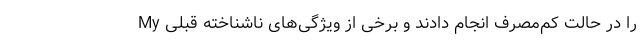
My را در حالت کم‌مصرف انجام دادند و برخی از ویژگی‌های ناشناخته قبلی